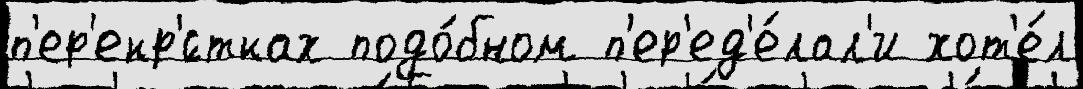
п'ер'екр'́стках подо́бном п'ер'ед'е́лал'и хот'е́л